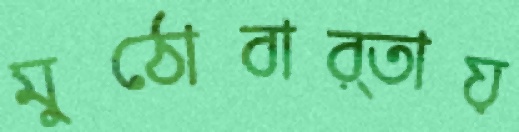
মুঠোবার্তায়